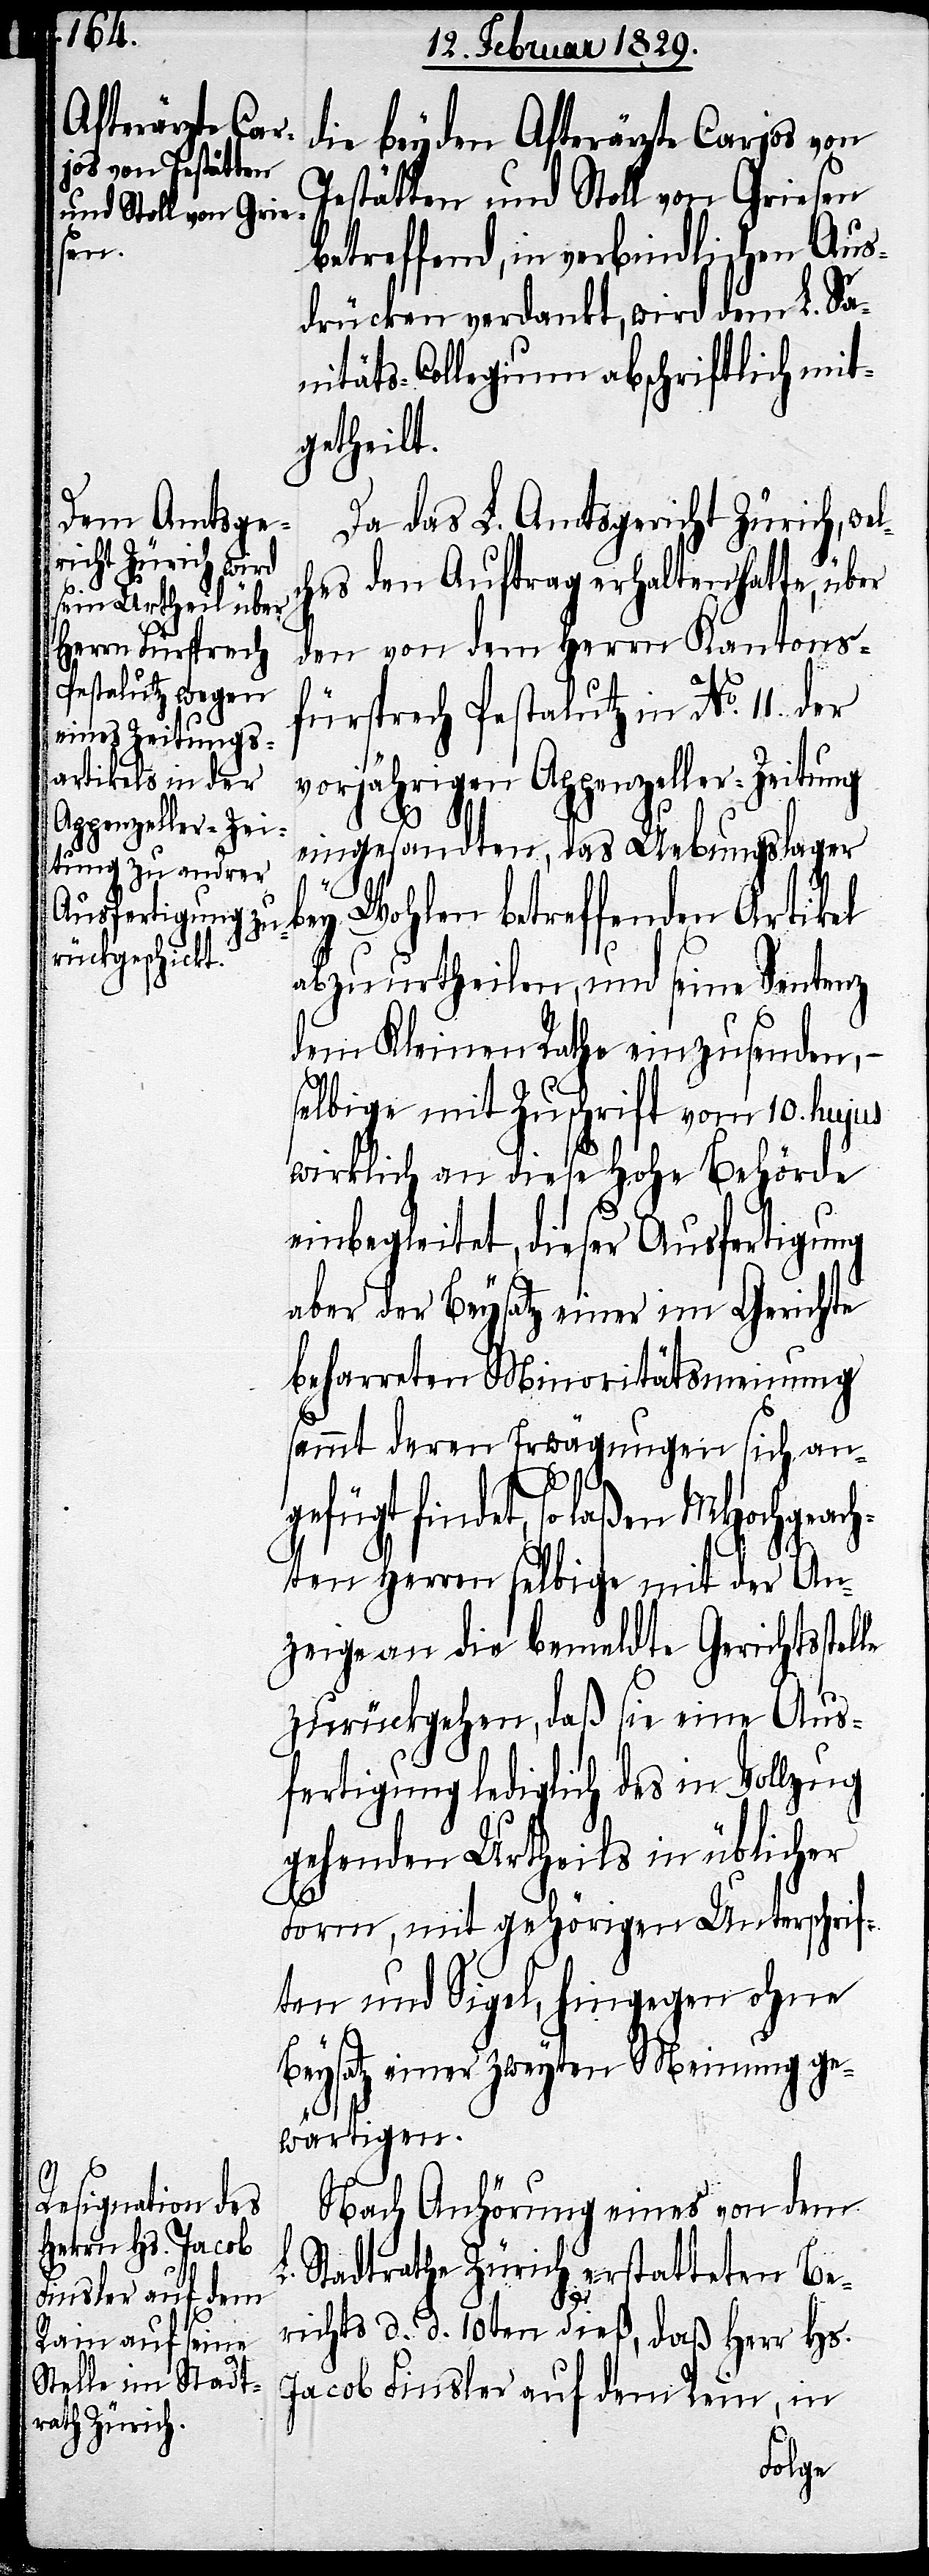
die beyden Afterärzte Carjos von
Jestätten und Stoll von Griesen
betreffend, in verbindlichen Aus¬
drücken verdankt, wird dem L. Sa¬
nitäts-Collegium abschriftlich mit¬
getheilt.
Da das L. Amtsgericht Zürich, we¬
ches den Auftrag erhalten hatte, über
den von dem Herrn Kantons¬
fürsprech Pestalutz in No. 11 der
vorjährigen Appenzeller-Zeitung
eingesandten, das Uebungslager
bey Wohlen betreffenden Artikel
abzuurtheilen, und seine Sentenz
dem Kleinen Rathe einzusenden,–
selbige mit Zuschrift vom 10. hujus
wirklich an diese Hohe Behörde
einbegleitet, dieser Ausfertigung
aber der Beysatz einer im Gerichte
beharreten Minoritätsmeinung
sammt deren Erwägung sich an¬
gefügt findet, so laßen MHochgeach¬
ten Herren selbige mit der An¬
zeige an die bemeldte Gerichtsstel¬
zurückgehen, daß sie eine Aus¬
fertigung lediglich des in Vollzug
gehenden Urtheils in üblicher
Form, mit gehörigen Unterschrif¬
ten und Sigel, hingegen ohne
Beysatz einer zweyten Meinung ge¬
wärtigen.
le
Nach Anhörung eines von dem
L. Stadtrathe Zürich erstatteten Be¬
richts d. d. 10ten dieß, daß Herr Hs.
Jacob Finsler auf dem Rein, in